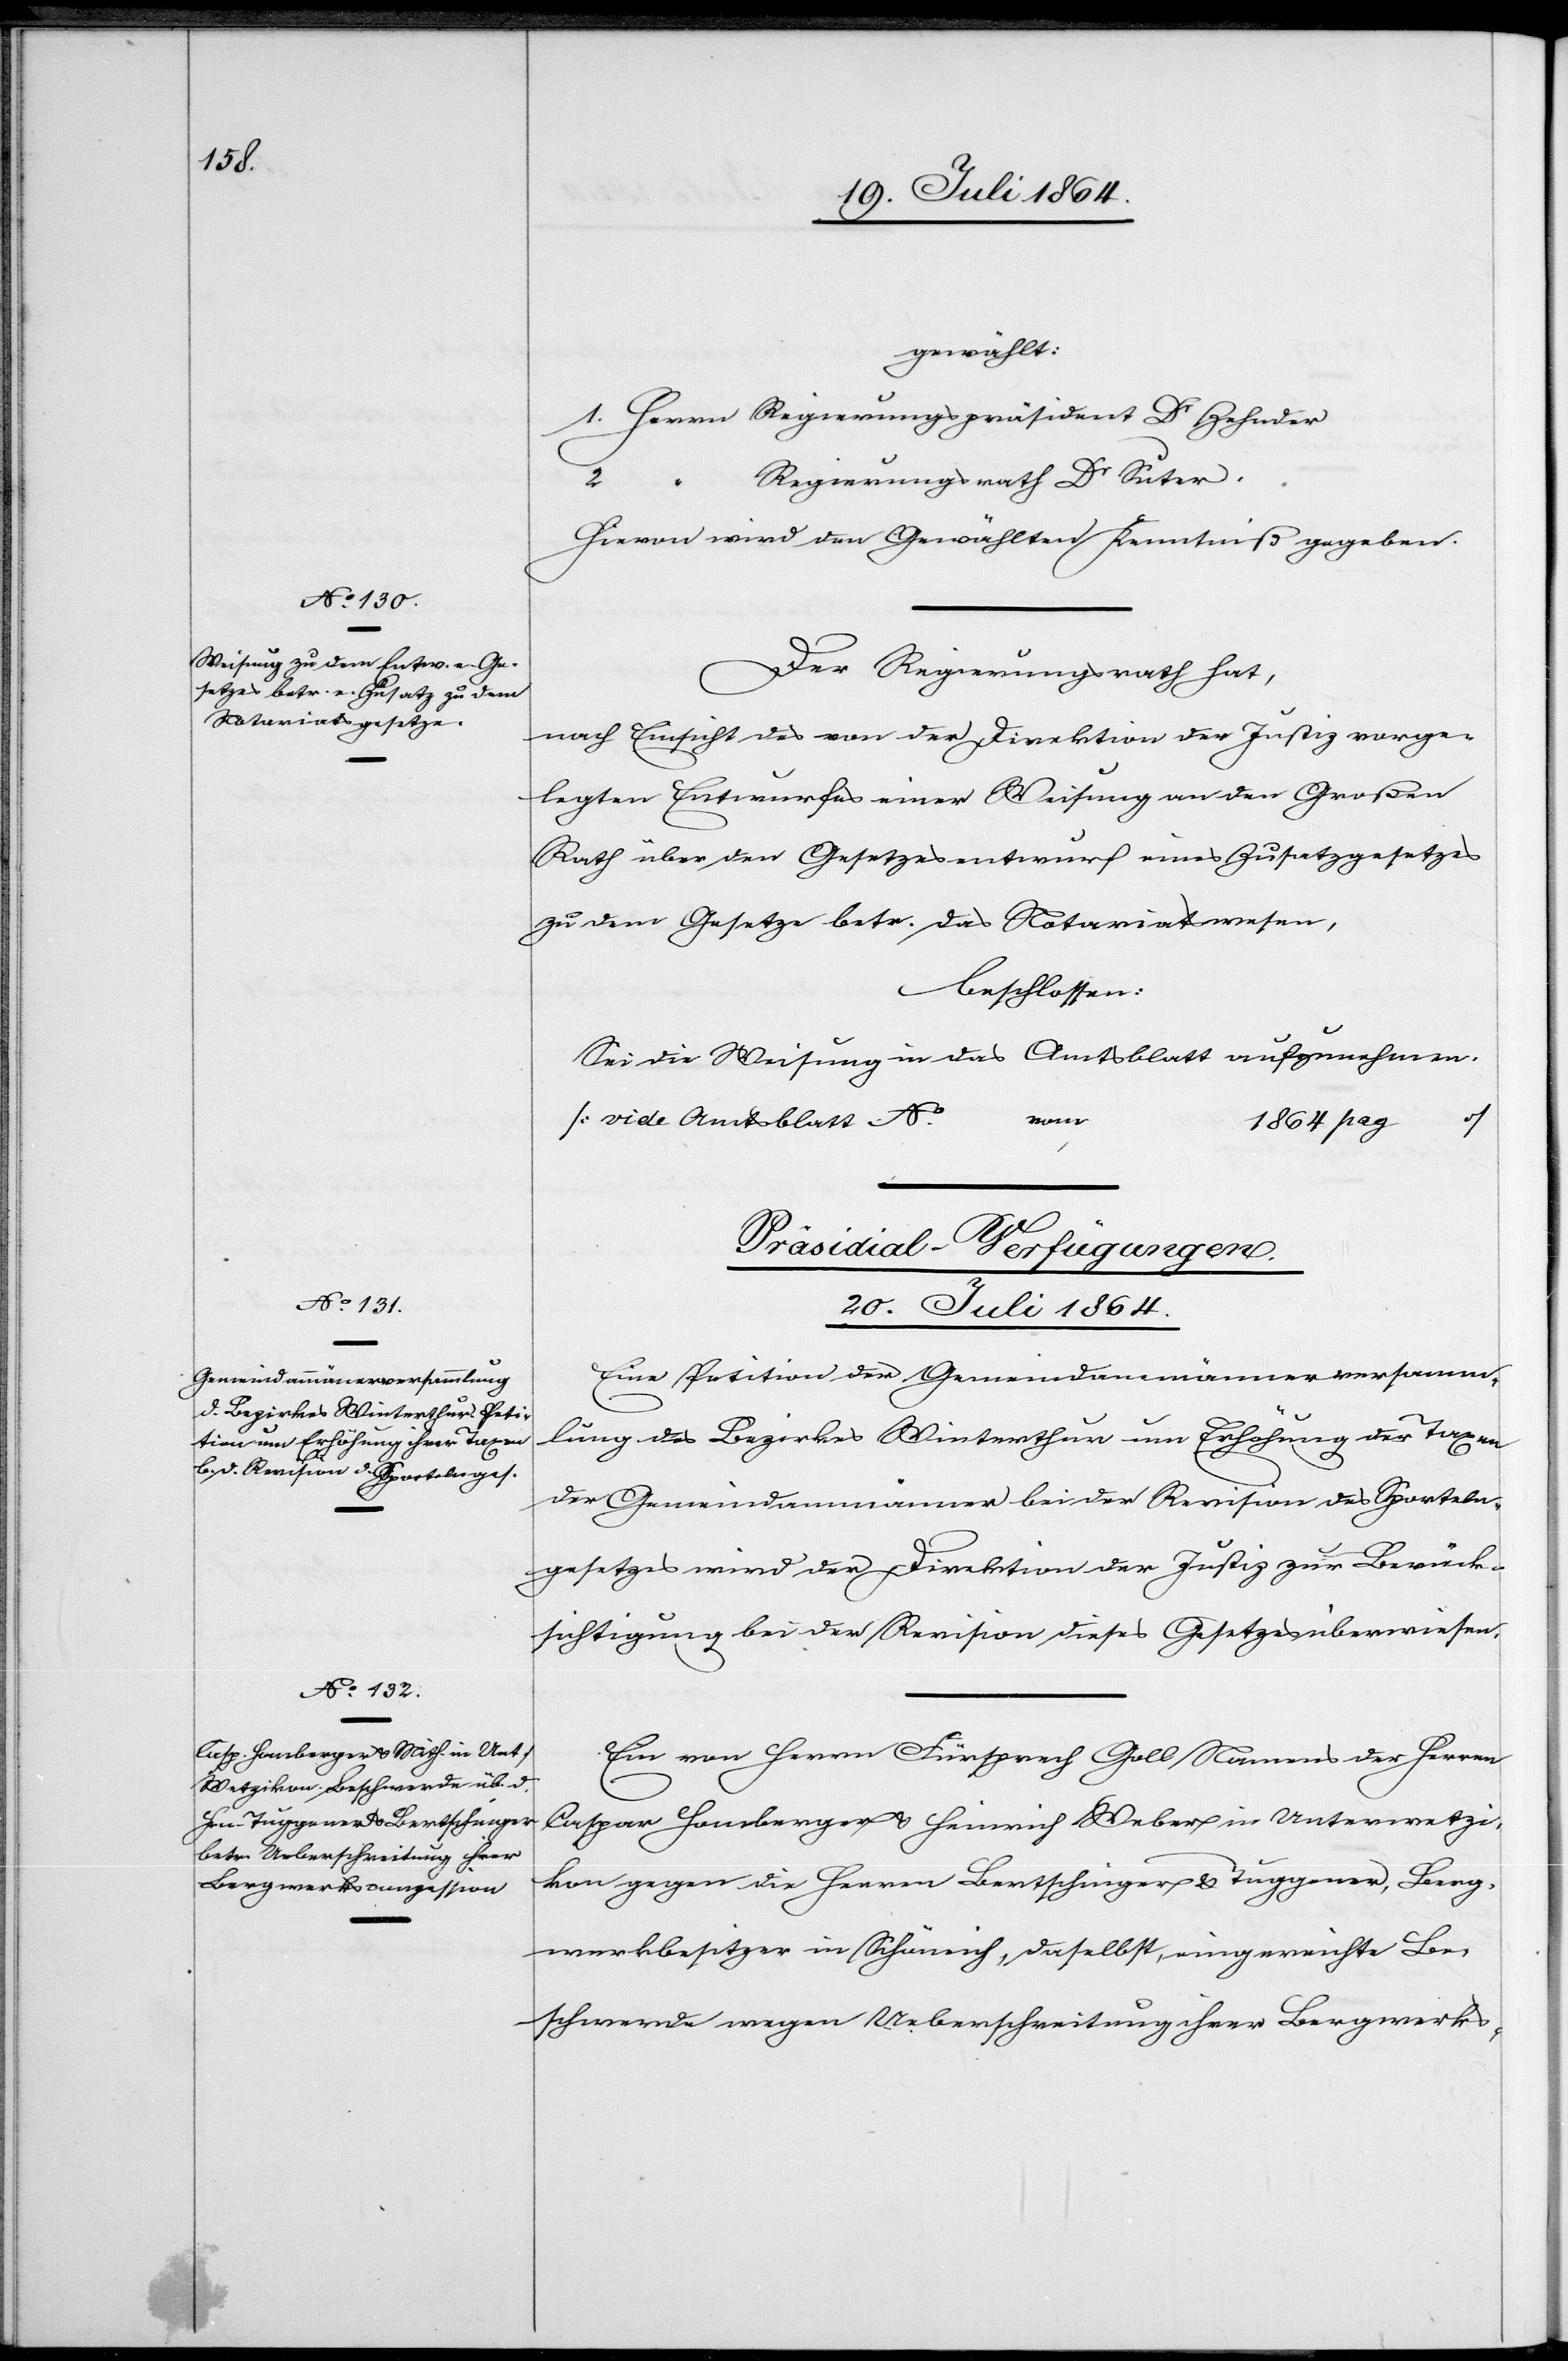
20. Juli 1864.]
gewählt:
1. Herrn Regierungspräsident Dr Zehnder
Regierungsrath Dr Suter.
Hievon wird den Gewählten Kenntniß gegeben.
Der Regierungsrath hat,
nach Einsicht des von der Direktion der Justiz vorge¬
legten Entwurfes einer Weisung an den Großen
Rath über den Gesetzesentwurf eines Zusatzgesetzes
zu dem Gesetze betr. das Notariatswesen,
beschlossen:
2.
Sei die Weisung in das Amtsblatt aufzunehmen.
[vide Amtsblatt Ao … vom …
1864 pag
…]
[Präsidial-Verfügungen.
20. Juli 1864.
Eine Petition der Gemeindammännerversamm¬
lung des Bezirkes Winterthur um Erhöhung der Taxen
der Gemeindammänner bei der Revision des Sporteln¬
gesetzes wird der Direktion der Justiz zur Berück¬
sichtigung bei der Revision dieses Gesetzes überwiesen.
Ein von Herrn Fürsprech Goll Namens der Herren
Caspar Homberger u. Heinrich Weber in Unterwetzi¬
kon gegen die Herrn Bertschinger u. Tuggener, Berg¬
werkbesitzer in Schöneich, daselbst, eingereichte Be¬
schwerde wegen Ueberschreitung ihrer Bergwerks-